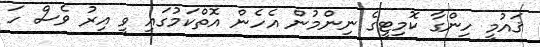
ޤައުމީ ހިންގާ ކޮމިޓީގެ ނިންމުން އެހެން އޮތްކަމުގައި ވީ އިރު ވެސް ހަ